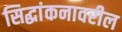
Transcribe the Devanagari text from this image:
सिद्धांकनावरील